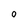
Character: 0